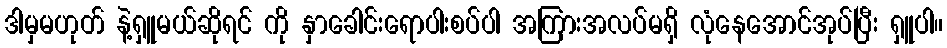
ဒါမှမဟုတ် နဲ့ရှူမယ်ဆိုရင် ကို နှာခေါင်းရောပါးစပ်ပါ အကြားအလပ်မရှိ လုံနေအောင်အုပ်ပြီး ရှူပါ။